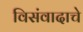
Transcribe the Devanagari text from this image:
विसंवादाचे